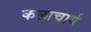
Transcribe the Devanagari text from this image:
कलाचार्य